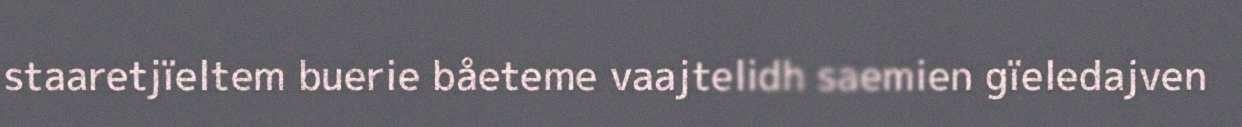
staaretjïeltem buerie båeteme vaajtelidh saemien gïeledajven